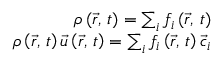
\begin{array} { r } { \rho \left( \vec { r } , \, t \right) = \sum _ { i } f _ { i } \left( \vec { r } , \, t \right) } \\ { \rho \left( \vec { r } , \, t \right) \vec { u } \left( \vec { r } , \, t \right) = \sum _ { i } f _ { i } \left( \vec { r } , \, t \right) \vec { c } _ { i } } \end{array}